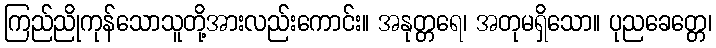
ကြည်ညိုကုန်သောသူတို့အားလည်းကောင်း။ အနုတ္တရေ၊ အတုမရှိသော။ ပုညခေတ္တေ၊